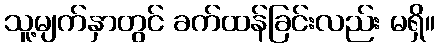
သူ့မျက်နှာတွင် ခက်ထန်ခြင်းလည်း မရှိ။